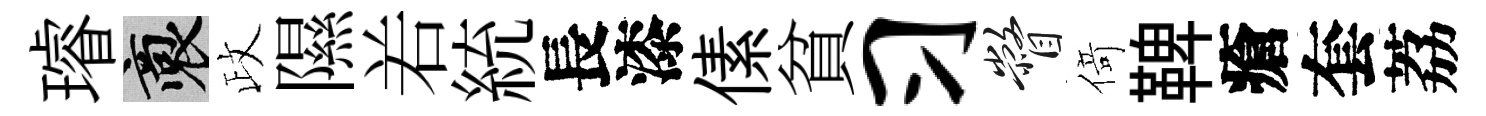
璿裔政隰𠰥統長漆傃貧习瞥𠋣鞞瘡套荔